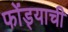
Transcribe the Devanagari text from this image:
फोंड्याची